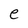
Character: e